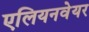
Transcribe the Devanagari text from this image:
एलियनवेयर